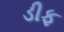
ડીફ